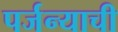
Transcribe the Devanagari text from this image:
पर्जन्याची